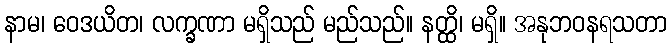
နာမ၊ ဝေဒယိတ၊ လက္ခဏာ မရှိသည် မည်သည်။ နတ္ထိ၊ မရှိ။ အနုဘဝနရသတာ